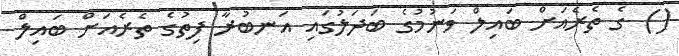
() ގެ ތެރެއަށް ބައިލް ވަނުމުގެ ބަދަލުގައި އަނބުރާ ފިތުގެ ތެރެއަށް ބައިލް